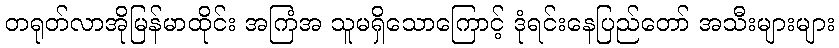
တရုတ်လာအိုမြန်မာထိုင်း အကြံအ သူမရှိသောကြောင့် ဒုံရင်းနေပြည်တော် အသီးများများ